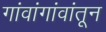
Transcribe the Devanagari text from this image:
गांवांगांवांतून